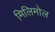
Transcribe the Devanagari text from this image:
मिलिमोल